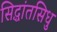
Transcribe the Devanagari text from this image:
सिद्धांतसिधु